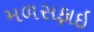
મળસફાઇ